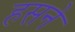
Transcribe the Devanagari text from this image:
हसने